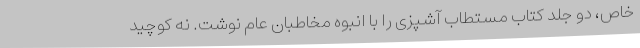
خاص، دو جلد کتاب مستطاب آشپزی را با انبوه مخاطبان عام نوشت. نه کوچید